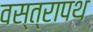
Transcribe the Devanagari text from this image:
वस्त्रापथ